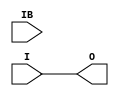
module IBUFDS (O, I, IB);

    parameter CAPACITANCE = "DONT_CARE";
    parameter DIFF_TERM = "FALSE";
    parameter IBUF_DELAY_VALUE = "0";
    parameter IBUF_LOW_PWR = "TRUE";
    parameter IFD_DELAY_VALUE = "AUTO";
    parameter IOSTANDARD = "DEFAULT";
   
    output O;
    input  I, IB;

   assign O = I;
endmodule